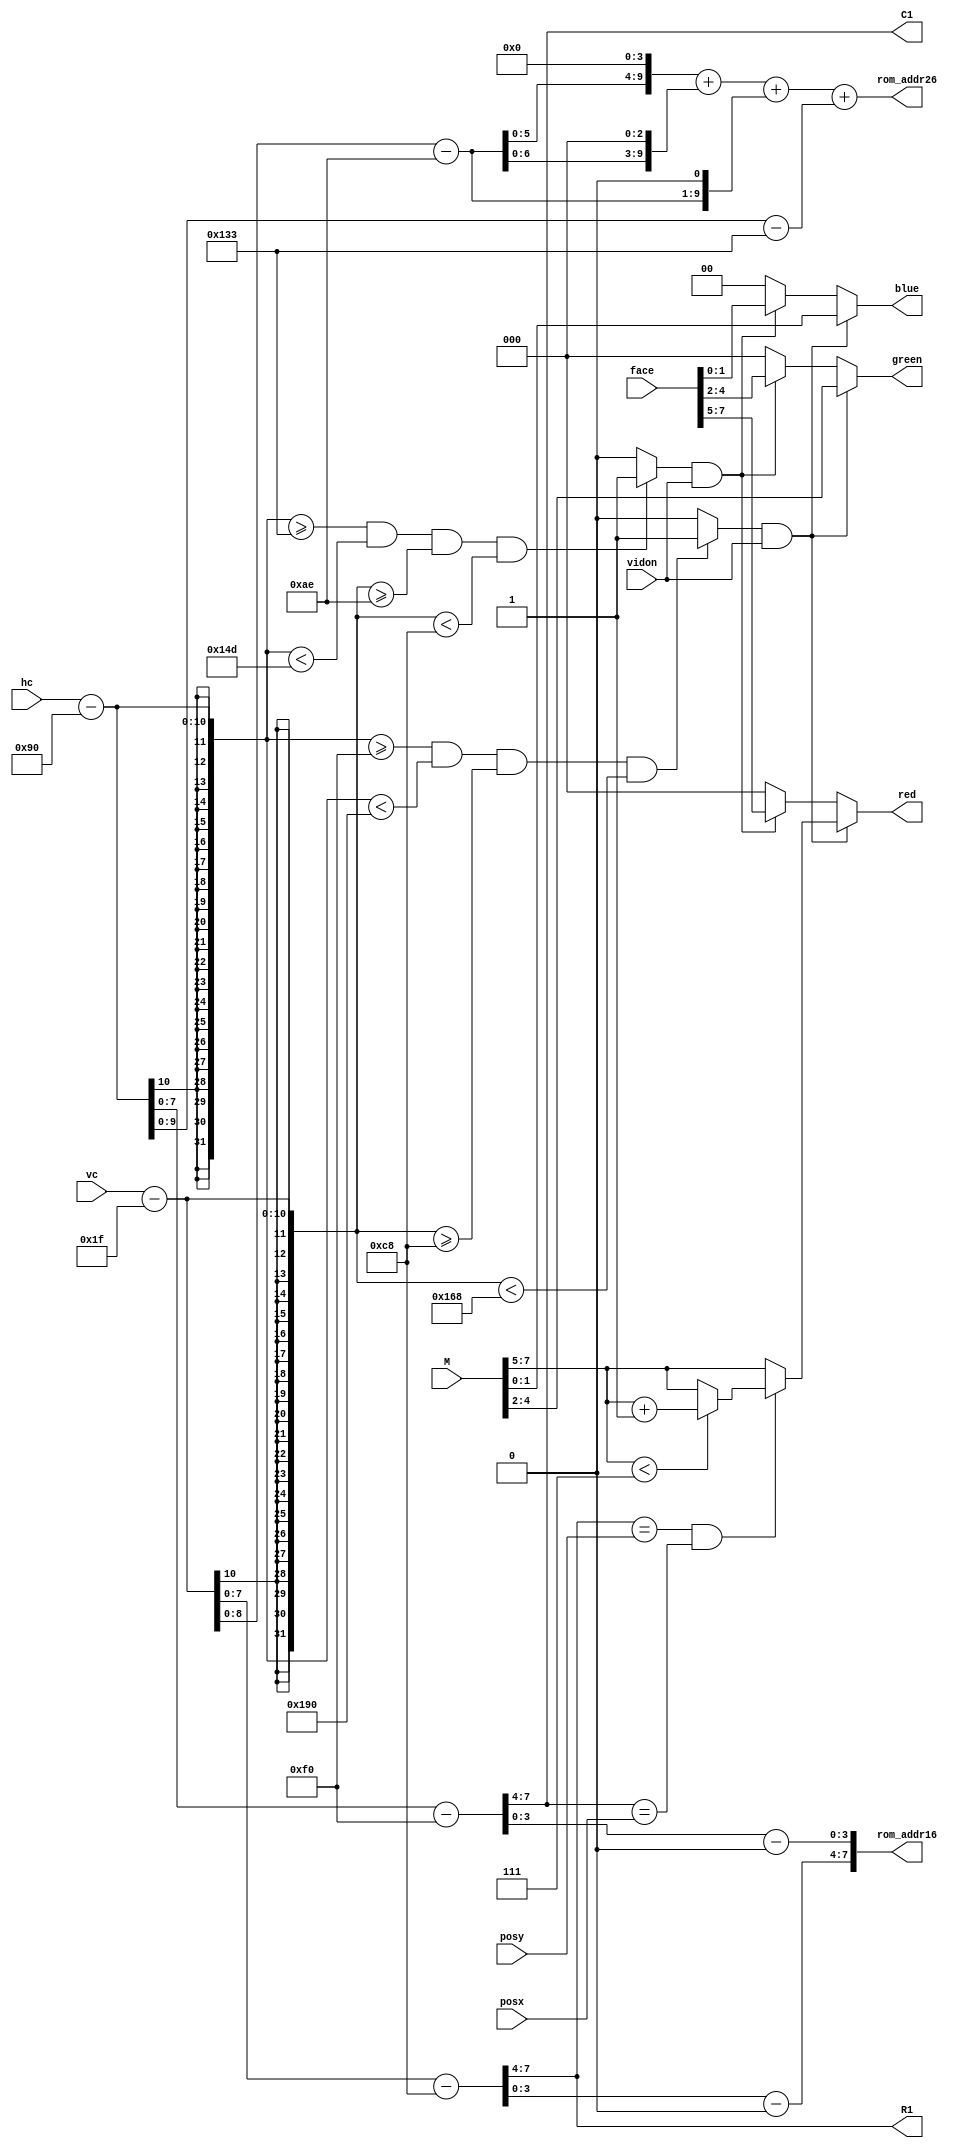
`timescale 1ns / 1ps
//////////////////////////////////////////////////////////////////////////////////
// Company: 
// Engineer: 
// 
// Design Name: 
// Module Name:    vga_bsprite 
// Project Name: 
// Target Devices: 
// Tool versions: 
// Description: 
//
// Dependencies: 
//
// Revision: 
// Revision 0.01 - File Created
// Additional Comments: 
//
//////////////////////////////////////////////////////////////////////////////////
module vga_bsprite(
	input wire vidon,
	input wire [9:0]hc,
	input wire [9:0]vc,
	input wire [7:0]M,
	//input wire [3:0]mine_state_single,
	input wire [3:0]posx,
	input wire [3:0]posy,
	//input wire [2:0]state,	
	input wire [7:0]face,
	output wire [9:0]rom_addr26,
	output wire [7:0]rom_addr16,
	output reg[2:0]red,
	output reg[2:0]green,
	output reg[1:0]blue,
	output wire [3:0]C1,
	output wire [3:0]R1
    );
	 
	parameter hbp=10'b0010010000;
	parameter vbp=10'b0000011111;
	parameter W=16;
	parameter H=16;
	
	wire [3:0]xpix,ypix;
	reg spriteon;//,R,G,B;
	wire [9:0]fx,fy;
	reg faceon;
	wire [19:0]addrface;
	
	assign C1=(hc-hbp-240)>>4;
	assign R1=(vc-vbp-200)>>4;
	assign ypix=vc-vbp-200-(R1<<4);
	assign xpix=hc-hbp-240-(C1<<4);
	assign rom_addr16={ypix,xpix};
	assign fx=hc-hbp-307;
	assign fy=vc-vbp-174;
	assign addrface={1'b0,fy,4'b0000}+{2'b0,fy,3'b000}+{4'b0000,fy,1'b0}+{5'b00000,fx};
	assign rom_addr26=addrface[9:0];//fy*26+fx;//{1'b0,fy,4'b0000}+{2'b0,fy,3'b000}+{4'b0000,fy,1'b0}+fx;
	
	always@(*)
		begin
			if (hc-hbp>=240 && hc-hbp<400 && vc-vbp>=200 && vc-vbp<360)//&&(hc>=C1<<4+hbp)&&(hc<C1<<4+hbp+W)&&(vc>=R1<<4+vbp)&&(vc<R1<<4+vbp+H))
				spriteon=1;
			else
				spriteon=0;
		end
		
	always@(*)
	begin
		if(hc-hbp>=307 && hc-hbp<333 && vc-vbp>=174 && vc-vbp<200)
			faceon=1;
		else
			faceon=0;
	end
		
	always@(*)
	begin
	red=0;
	green=0;
	blue=0;
	if((spriteon==1)&&(vidon==1))
		begin
			red=M[7:5];
			green=M[4:2];
			blue=M[1:0];
			
			if(R1==posy && C1==posx)
			begin
				red=(red<7)?red+1:red;
				//green=(green<7)?green+1:green;
				//blue=(blue<4)?blue+1:blue;
			end
		end
	else if( (faceon==1) && (vidon==1) )
	begin
		red=face[7:5];
		green=face[4:2];
		blue=face[1:0];
	end
end
endmodule